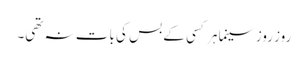
روز روز سینما ہر کسی کے بس کی بات نہ تھی۔